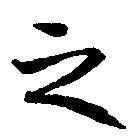
之